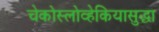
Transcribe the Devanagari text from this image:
चेकोस्लोव्हेकियासुद्धा